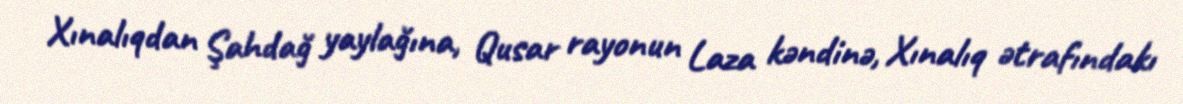
Xınalıqdan Şahdağ yaylağına, Qusar rayonun Laza kəndinə, Xınalıq ətrafındakı